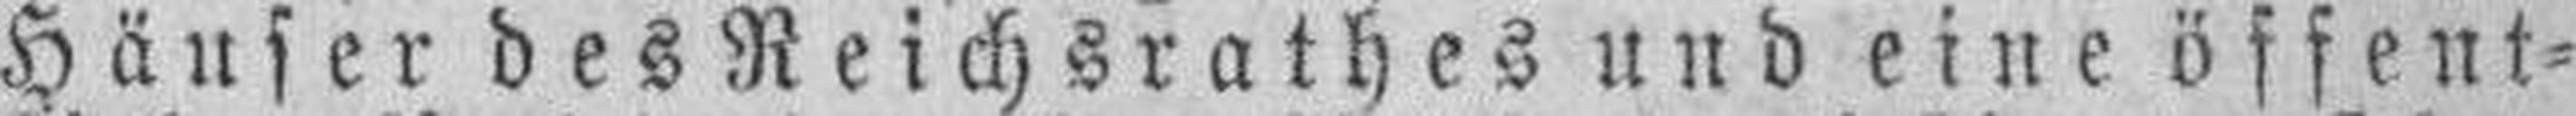
Häuser des Reichsrathes und eine öffent¬